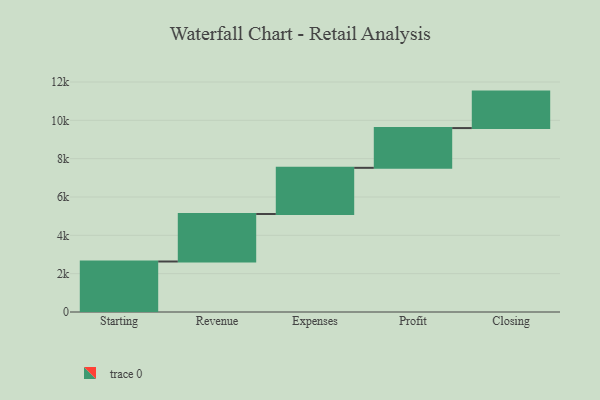
{"axis": {"x": "Step", "y": "Value"}, "legend": [""], "data": [{"x": "Starting", "y": 2635.0, "type": ""}, {"x": "Revenue", "y": 2478.0, "type": ""}, {"x": "Expenses", "y": 2409.0, "type": ""}, {"x": "Profit", "y": 2074.0, "type": ""}, {"x": "Closing", "y": 1903.0, "type": ""}]}